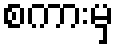
စကားမှ